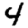
Digit: 4